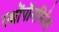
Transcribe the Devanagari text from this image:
स्थ्रोंपॉमर्फिक